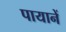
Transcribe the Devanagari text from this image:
पायानें